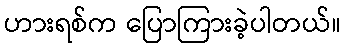
ဟားရစ်က ပြောကြားခဲ့ပါတယ်။